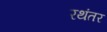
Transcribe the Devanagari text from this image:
रथंतर